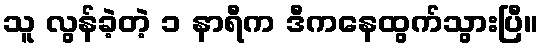
သူ လွန်ခဲ့တဲ့ ၁ နာရီက ဒီကနေထွက်သွားပြီ။